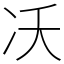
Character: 㓇